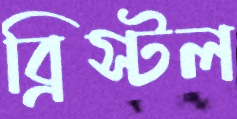
ব্রিস্টল